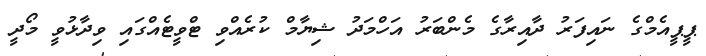
ޕީޕީއެމްގެ ނައިފަރު ދާއިރާގެ މެންބަރު އަހްމަދު ޝިޔާމް ކުރެއްވި ޓްވީޓެއްގައި ވިދާޅުވީ މޯދީ